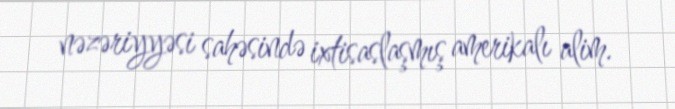
nəzəriyyəsi sahəsində ixtisaslaşmış amerikalı alim.